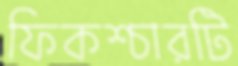
ফিকশ্চারটি